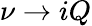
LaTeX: \nu\to iQ